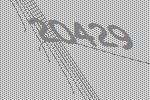
20429